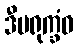
ဒီပရုက္ခံဝ